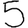
Digit: 5